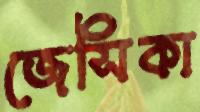
জেসিকা